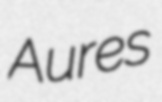
Aures